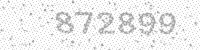
Solution: 872899